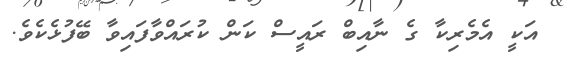
އަކީ އެމެރިކާ ގެ ނާއިބް ރައީސް ކަން ކުރައްވާފައިވާ ބޭފުޅެކެވެ.